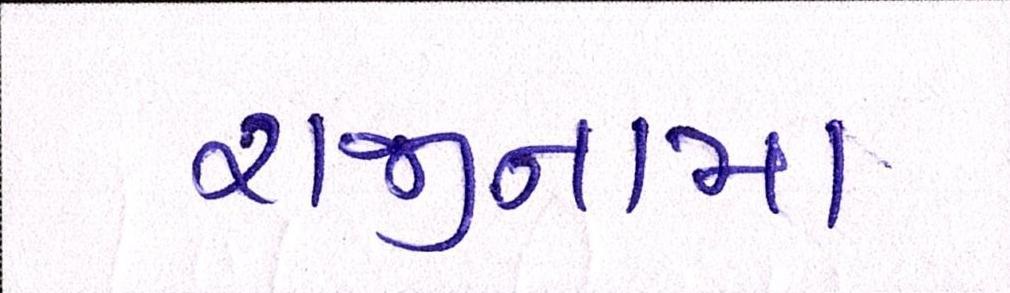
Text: રાજીનામા